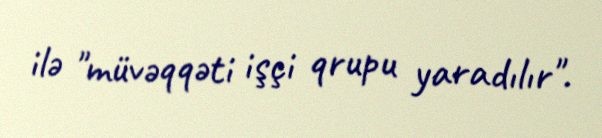
ilə "müvəqqəti işçi qrupu yaradılır".